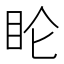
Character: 𬑆